Document type: Emphyteutic lease
Year: 1473
Scribe: [Unknown]
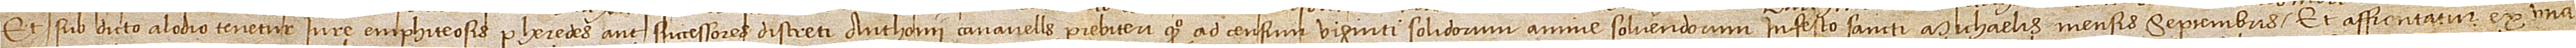
et sub dicto alodio tenetur iure emphiteosis per heredes aut successores discreti Anthonii Canavells, presbiteri, quondam, ad censum viginti solidorum annue solvendorum in festo Sancti Michaelis mensis septembris. Et affrontatur ex una